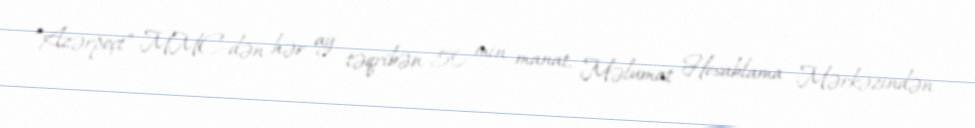
“Azərpoçt” MMC-dən hər ay təqribən 50 min manat, Məlumat Hesablama Mərkəzindən